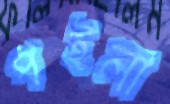
পইলা